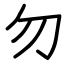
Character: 勿